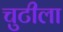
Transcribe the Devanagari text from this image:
चुटीला